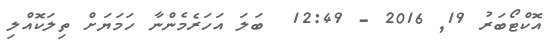
އޮކްޓޯބަރު 19